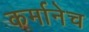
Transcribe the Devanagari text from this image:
कर्मानेच